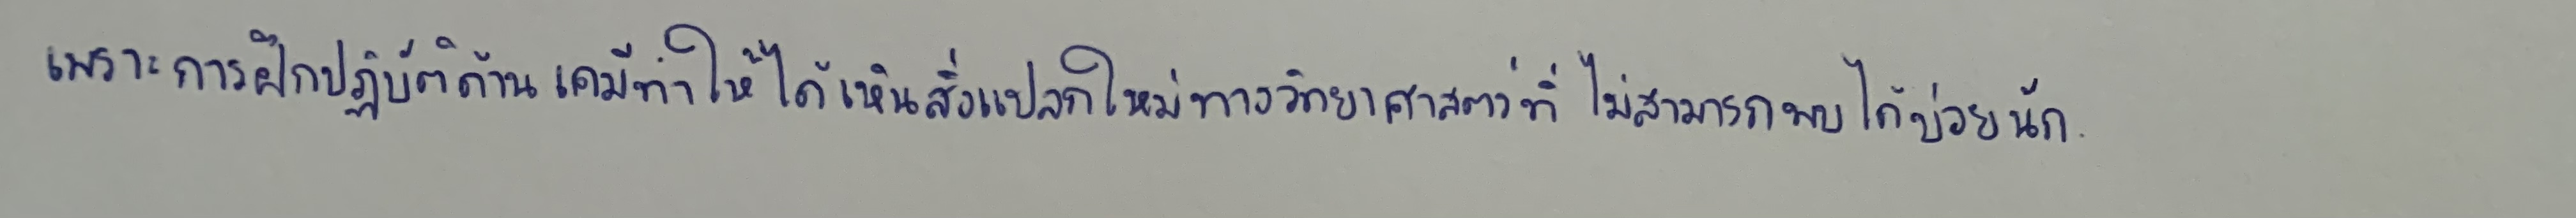
เพราะการฝึกปฏิบัติด้านเคมีทำให้ได้เห็นสิ่งแปลกใหม่ทางวิทยาศาสตร์ที่ไม่สามารถพบได้บ่อยนัก